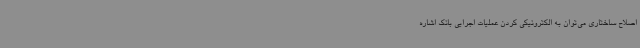
اصلاح ساختاری می‌توان به الکترونیکی کردن عملیات اجرایی بانک اشاره